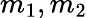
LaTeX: m_{1},m_{2}